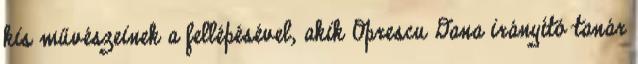
kis művészeinek a fellépésével, akik Oprescu Dana irányító tanár